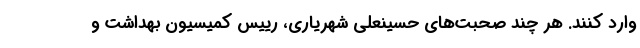
وارد کنند. هر چند صحبت‌های حسینعلی شهریاری، رییس کمیسیون بهداشت و